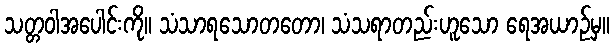
သတ္တဝါအပေါင်းကို။ သံသာရသောတတော၊ သံသရာတည်းဟူသော ရေအယာဉ်မှ။